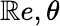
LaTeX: \mathbb{R}e,\theta